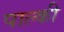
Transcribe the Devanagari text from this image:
पाल्की